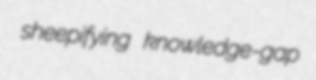
sheepifying knowledge-gap